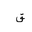
Letter: _qaf